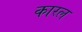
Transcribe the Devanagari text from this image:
कारल